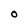
Character: O